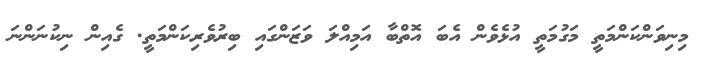
މިނިވަންކަންމަތީ މަގުމަތީ އުޅެވެން އެބަ އޮތްބާ އަމިއްލަ ވަޒަންގައި ބިރުވެރިކަންމަތީ. ގެއިން ނިކުނަންނަ